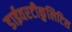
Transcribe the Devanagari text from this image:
डाईवरटीकुलिटिस